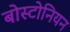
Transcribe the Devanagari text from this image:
बोस्टोनियन